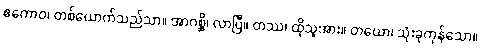
ဧကောဝ၊ တစ်ယောက်သည်သာ။ အာဂစ္ဆိ၊ လာပြီ။ တဿ၊ ထိုသူအား။ တယော၊ သုံးခုကုန်သော။